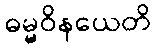
ဓမ္မဝိနယေတိ